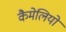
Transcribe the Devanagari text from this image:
कैमेलियों